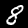
Label: 8